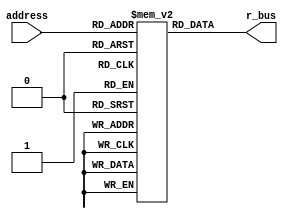
`timescale 1ns / 1ps
//////////////////////////////////////////////////////////////////////////////////
// Company: 
// Engineer: 
// 
// Design Name: 
// Module Name: instr_mem
// Project Name: 
// Target Devices: 
// Tool Versions: 
// Description: 
// 
// Dependencies: 
// 
// Revision:
// Revision 0.01 - File Created
// Additional Comments:
// 
//////////////////////////////////////////////////////////////////////////////////


module instr_mem(address, r_bus);

input [3:0] address;
output reg [7:0] r_bus;
reg [7:0]instr[15:0];

initial begin
instr[0] = 8'h9_1;
instr[1] = 8'h1_2;
instr[2] = 8'h2_3;
instr[3] = 8'h3_4;
instr[4] = 8'h8_6;
instr[5] = 8'h5_6;
instr[6] = 8'h6_7;
instr[7] = 8'h7_8;
instr[8] = 8'h4_5;
instr[9] = 8'h5_6;
instr[10] = 8'd9;
instr[11] = 8'd11;
instr[12] = 8'd12;
instr[13] = 8'hf_f;
instr[14] = 8'd18;
instr[15] = 8'd1;
end

always@(*)
begin
r_bus <= instr[address];
end
endmodule